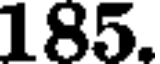
185.